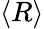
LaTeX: \left<R\right>